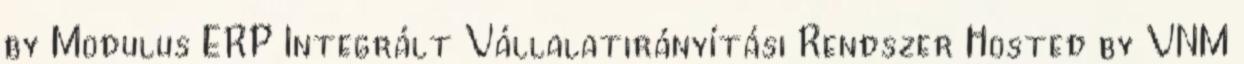
by Modulus ERP Integrált Vállalatirányítási Rendszer Hosted by VNM